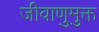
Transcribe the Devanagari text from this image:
जीवाणुमुक्त